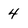
Character: 4